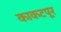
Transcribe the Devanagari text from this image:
काकटपूर